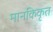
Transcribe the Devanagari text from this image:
मानकिकृत